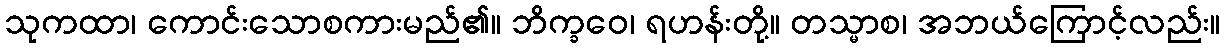
သုကထာ၊ ကောင်းသောစကားမည်၏။ ဘိက္ခဝေ၊ ရဟန်းတို့။ တသ္မာစ၊ အဘယ်ကြောင့်လည်း။